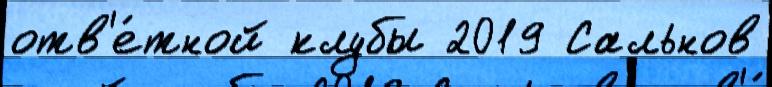
отв'е́тной клубы 2019 Сальнов